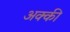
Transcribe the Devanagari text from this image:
अक्की